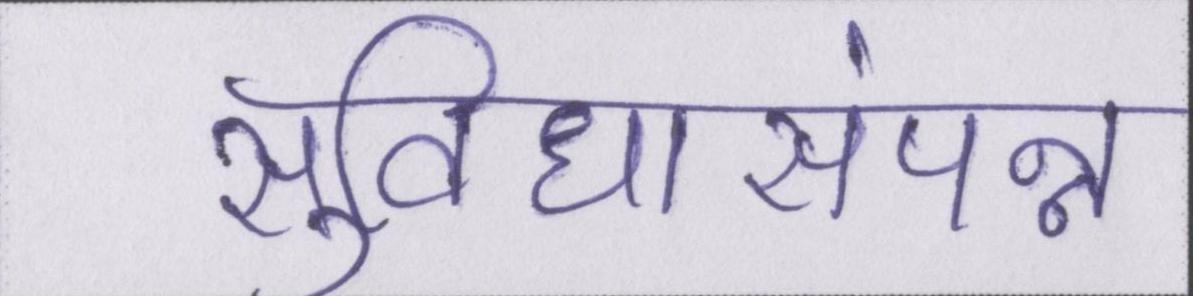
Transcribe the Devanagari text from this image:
सुविधासंपन्न